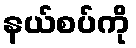
နယ်စပ်ကို